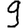
Digit: 9